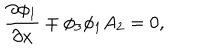
\frac { \partial \phi _ { 1 } } { \partial x } \mp \phi _ { 3 } \phi _ { 1 } A _ { 2 } = 0 ,